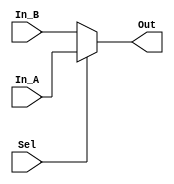
module MUX (
	input[31:0] In_A,
	input[31:0] In_B,
	input Sel,
	output reg [31:0] Out
);


	always @ (In_A or In_B or Sel)
	begin
		if(Sel) Out <= In_A;
		else Out <= In_B;
	end
	
endmodule